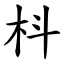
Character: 枓